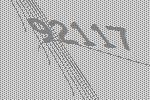
92117